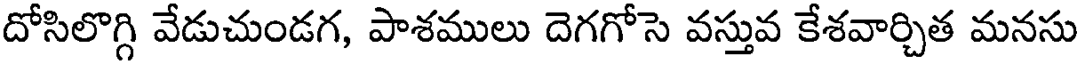
దోసిలొగ్గి వేడుచుండగ, పాశములు దెగగోసె వస్తువ కేశవార్చిత మనసు